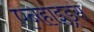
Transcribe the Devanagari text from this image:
एनहाइड्रस